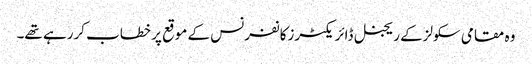
وہ مقامی سکولزکے ریجنل ڈائریکٹرزکانفرنس کے موقع پر خطاب کررہے تھے۔